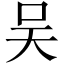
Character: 吴